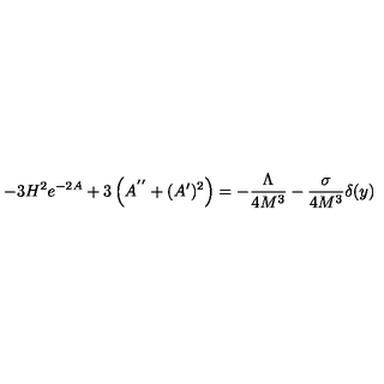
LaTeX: - 3 H ^ { 2 } e ^ { - 2 A } + 3 \left( A ^ { ' ^ { \prime } } + ( A ^ { \prime } ) ^ { 2 } \right) = - \frac { \Lambda } { 4 M ^ { 3 } } - \frac { \sigma } { 4 M ^ { 3 } } \delta ( y )